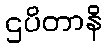
ဌပိတာနိ